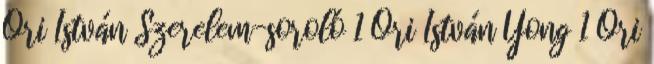
Őri István Szerelem-soroló 1 Őri István Yong 1 Őri